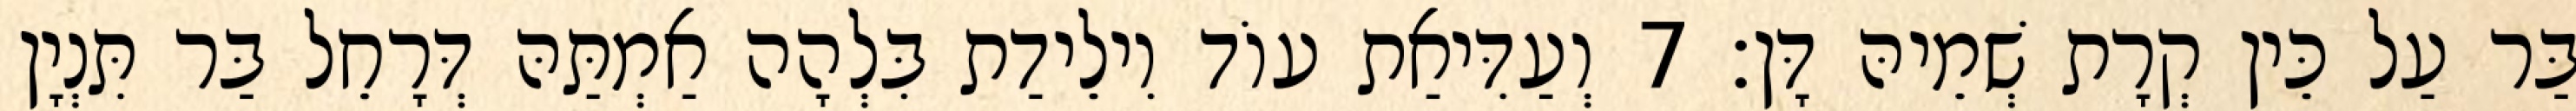
בַּר עַל כֵּין קְרָת שְׁמֵיהּ דָּן׃ 7 וְעַדִּיאַת עוֹד וִילֵידַת בִּלְהָה אַמְתַּהּ דְּרָחֵל בַּר תִּנְיָן